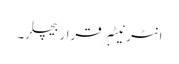
انٹرنیٹبرقراربیچلر۔